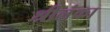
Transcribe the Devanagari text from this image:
श्रीलंंका